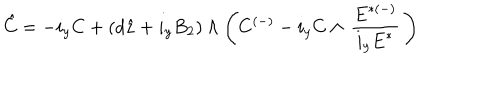
LaTeX: \hat { C } = - i _ { y } C + ( d \hat { z } + i _ { y } B _ { 2 } ) \wedge \left( C ^ { ( - ) } - i _ { y } C \wedge \, { \frac { { E } ^ { { * } ( - ) } } { i _ { y } { E } ^ { { * } } } } \, \right) \,